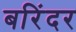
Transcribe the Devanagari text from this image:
बरिंदर